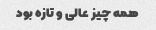
همه چیز عالی و تازه بود